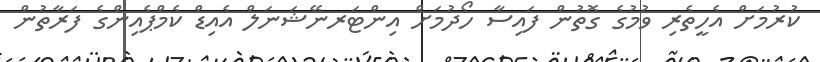
ކުރުމަށް އެހީތެރި ވުމުގެ ގޮތުން ފައިސާ ހޯދުމަށް އިންޓަރނޭޝަނަލް އެއިޑް ކެމްޕެއިންގެ ފަރާތުން